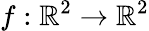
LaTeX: f:\mathbb{R}^{2}\to\mathbb{R}^{2}